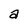
Character: a